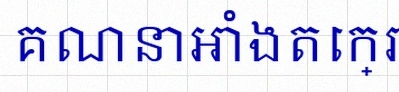
គណនាអាំងតេក្រាល